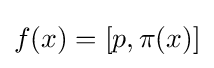
f(x)=[p,\pi (x)]